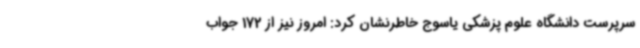
سرپرست دانشگاه علوم پزشکی یاسوج خاطرنشان کرد: امروز نیز از 172 جواب